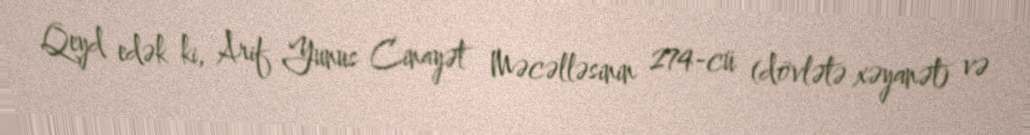
Qeyd edək ki, Arif Yunus Cinayət Məcəlləsinin 274-cü (dövlətə xəyanət) və